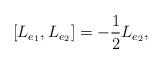
LaTeX: \begin{align*}[L_{e_1},L_{e_2}]=-\frac{1}{2} L_{e_2},\end{align*}